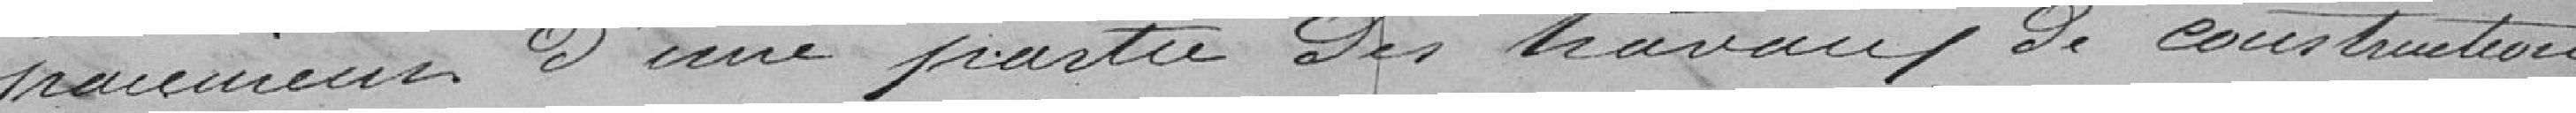
paiement d'une partie des travaux de construction